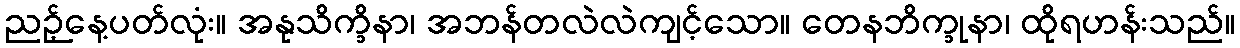
ညဉ့်နေ့ပတ်လုံး။ အနုသိက္ခိနာ၊ အဘန်တလဲလဲကျင့်သော။ တေနဘိက္ခုနာ၊ ထိုရဟန်းသည်။